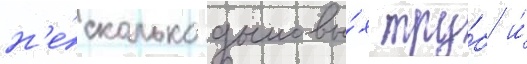
н'е́сколько дымовы́х тру́б и́